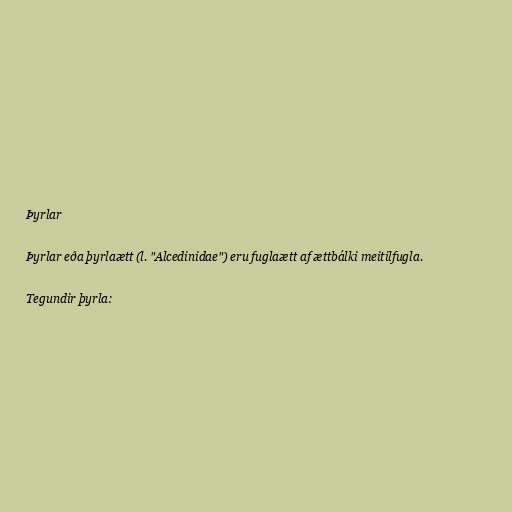
Þyrlar

Þyrlar eða þyrlaætt (l. "Alcedinidae") eru fuglaætt af ættbálki meitilfugla.

Tegundir þyrla: